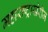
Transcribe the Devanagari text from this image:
महाराष्ट्राखेरीज